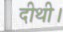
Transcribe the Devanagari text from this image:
दीथी।